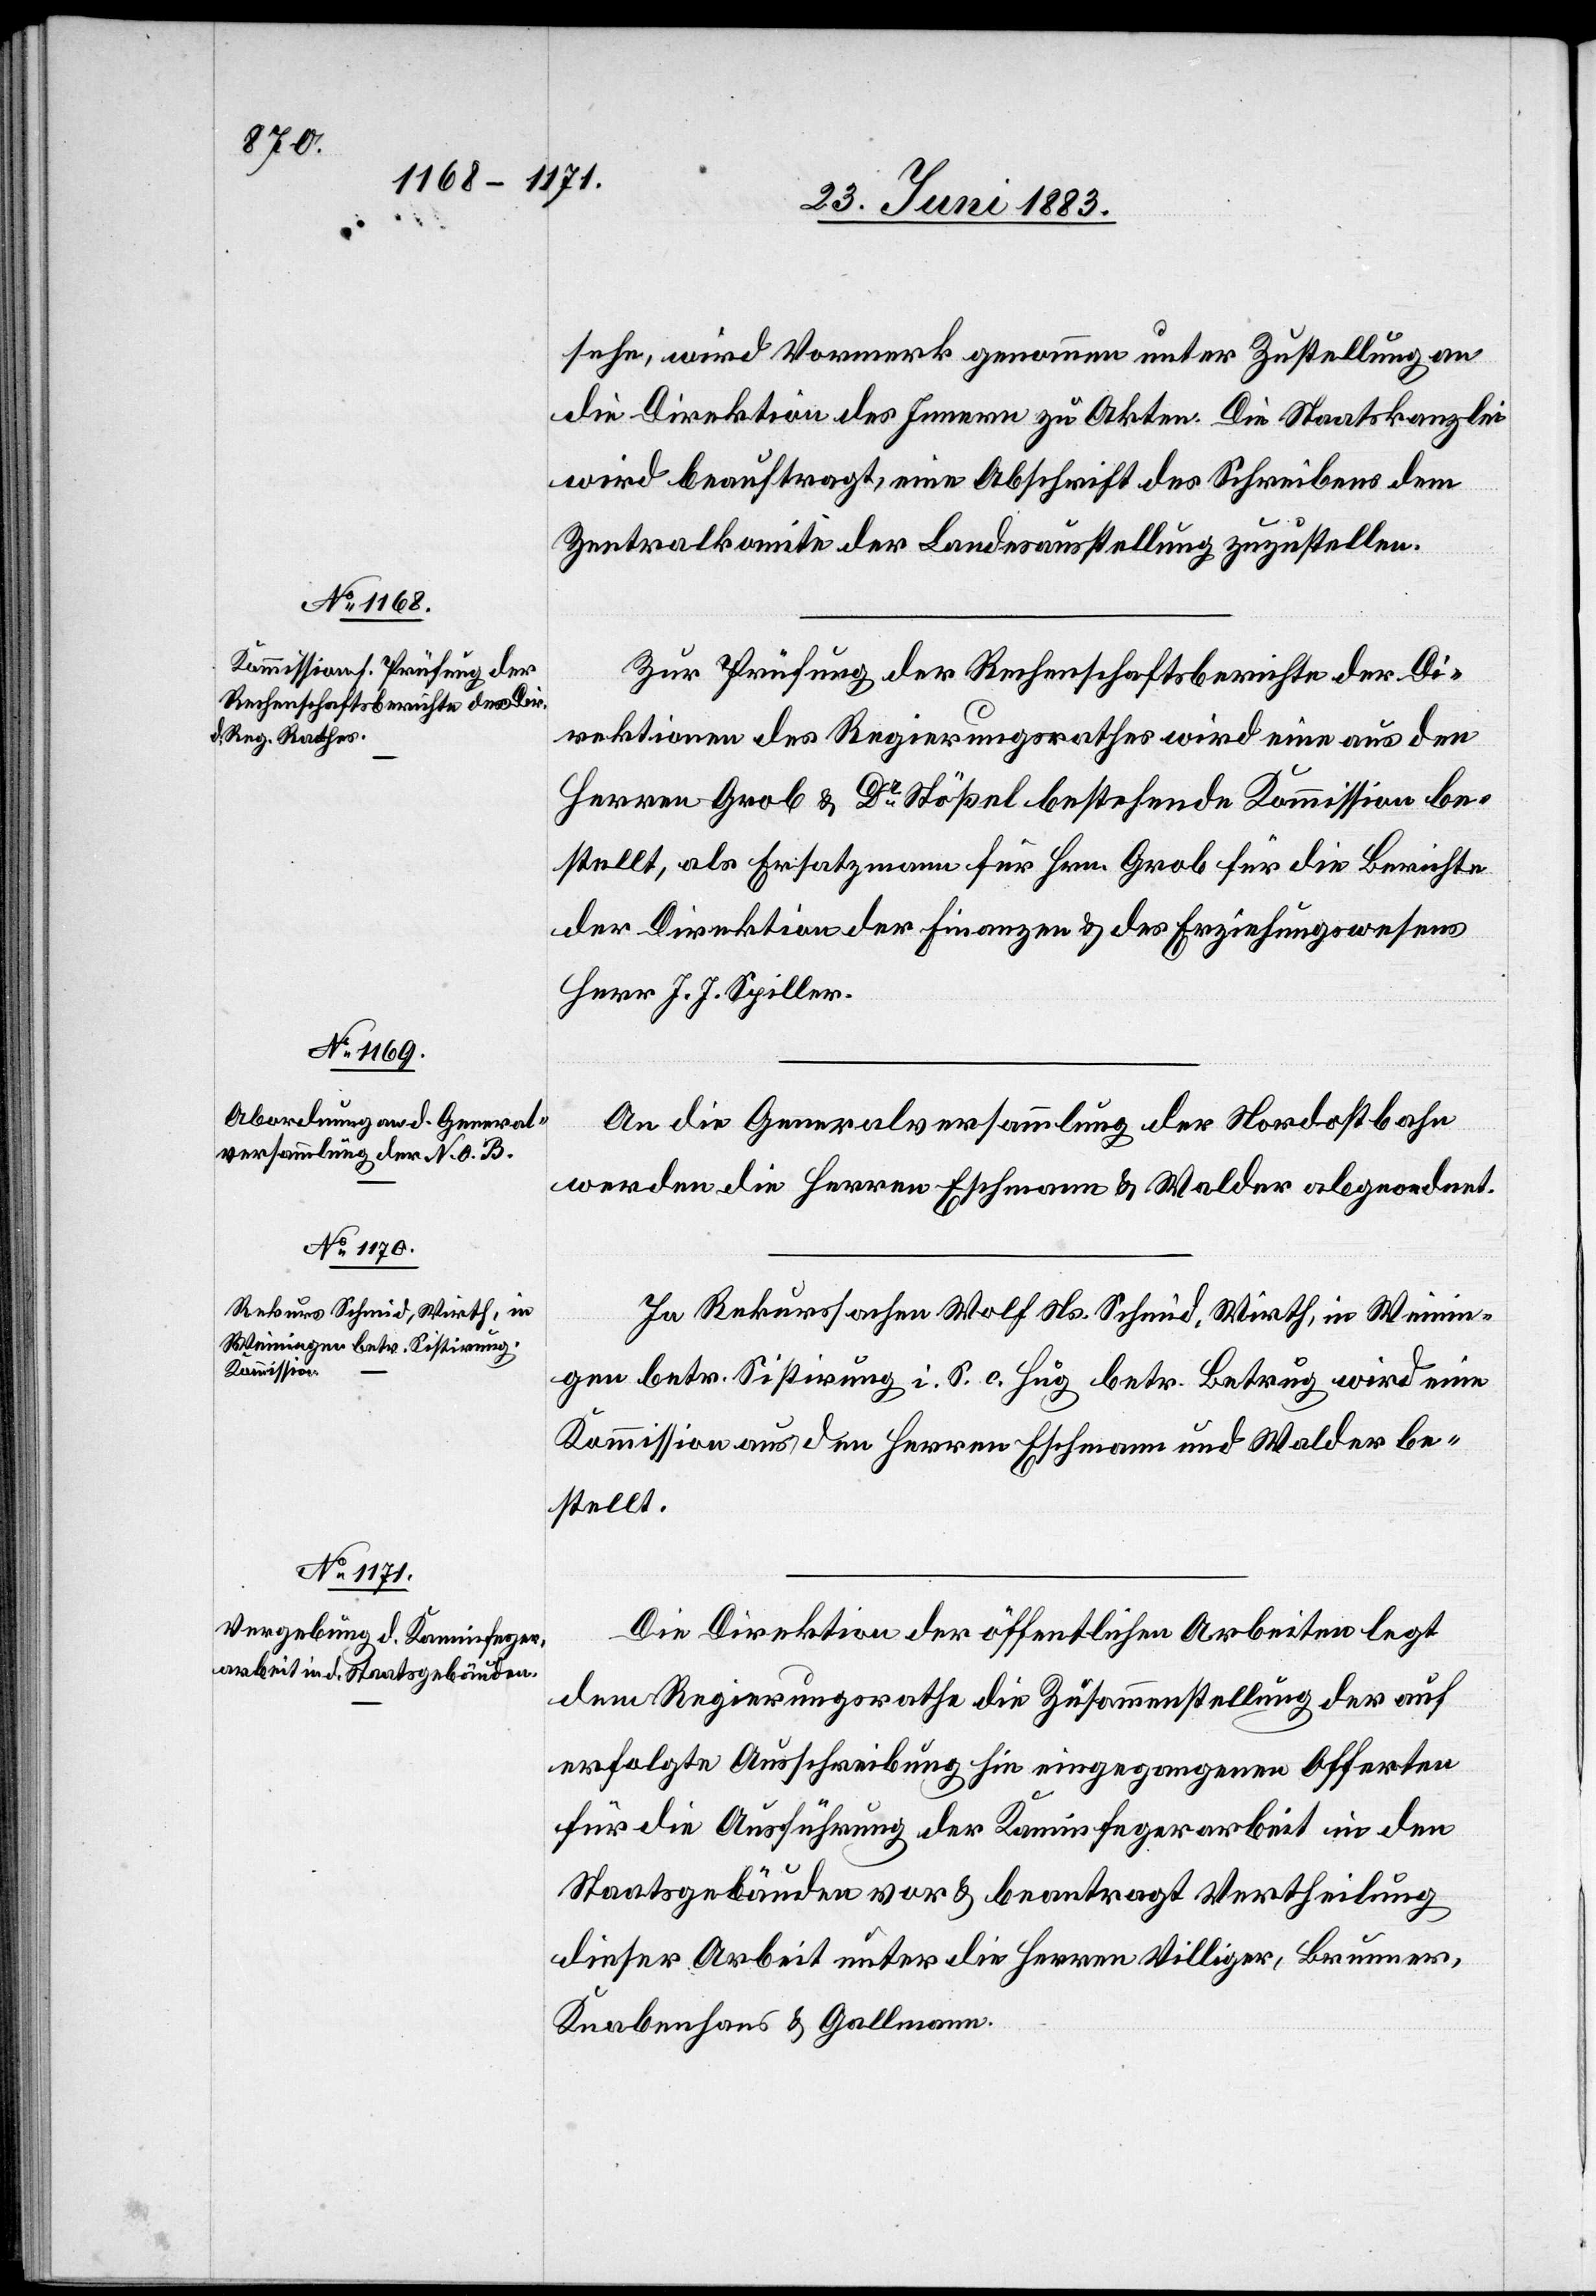
sehe, wird Vormerk genommen unter Zustellung an
die Direktion des Innern zu Akten. Die Staatskanzlei
wird beauftragt, eine Abschrift des Schreibens dem
Zentralkomite der Landessausstellung zuzustellen.
Zur Prüfung der Rechenschaftsberichte der Di¬
rektionen des Regierungsrathes wird eine aus den
Herren Grob & Dr Stößel bestehende Kommission be¬
stellt, als Ersatzmann für Hrn. Grob für die Berichte
der Direktion der Finanzen & des Erziehungswesens
Herr J. J. Spiller.
An die Generalversammlung der Nordostbahn
werden die Herren Eschmann & Walder abgeordnet.
In Rekurssachen Wolf Ns. Schmid, Wirth, in Weinin¬
gen betr. Sistirung i. S. c. Hug betr. Betrug wird eine
Kommission aus den Herren Eschmann und Walder be¬
stellt.
Die Direktion der öffentlichen Arbeiten legt
dem Regierungsrathe die Zusammenstellung der auf
erfolgte Ausschreibung hin eingegangenen Offerten
für die Ausführung der Kaminfegerarbeit in den
Staatsgebäuden vor & beantragt Vertheilung
dieser Arbeit unter die Herren Villiger, Brunner,
Knabenhans & Gallmann.